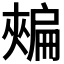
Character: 𢩟